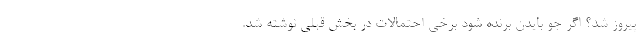
پیروز شد؟ اگر جو بایدن برنده شود برخی احتمالات در بخش قبلی نوشته شد.